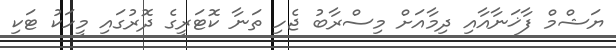
ޔަޝްމް ފާޚަނާއާއި ދިމާއަށް މިސްރާބު ޖެހި ތަނާ ކޮޓަރީގެ ދޮރުގައި މީހަކު ޓަކި